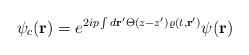
\begin{align*}\psi_c ({\bf r})= e^{2ip\int d{\bf r}'\Theta (z-z')\varrho (t,{\bf r}')}\psi ({\bf r})\end{align*}